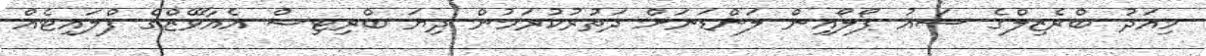
މިއަދު ބްރެޒިލްގެ ސައު ޕޯލޯއިން ލަންޑަނަށް ދަތުރުކުރަމުން ދިޔަ ބްރިޓިޝް އެއާވޭޒްގެ ފްލައިޓެއް